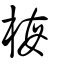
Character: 梅